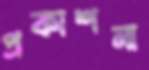
প্রকাশনা